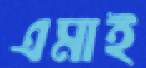
এমাই